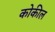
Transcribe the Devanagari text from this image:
कोकील